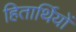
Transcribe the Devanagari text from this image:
हितार्थियों